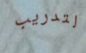
لتدريب